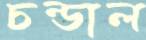
চন্ডাল